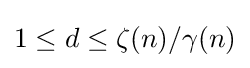
1\leq d\leq \zeta (n)/\gamma (n)